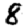
Digit: 8